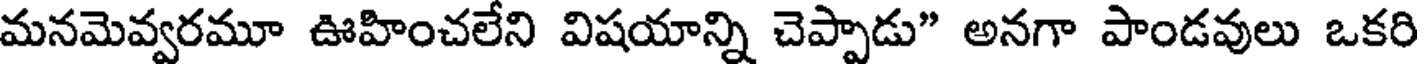
మనమెవ్వరమూ ఊహించలేని విషయాన్ని చెప్పాడు" అనగా పాండవులు ఒకరి